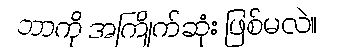
ဘာကို အကြိုက်ဆုံး ဖြစ်မလဲ။